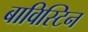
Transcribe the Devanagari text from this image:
बाविस्टिन